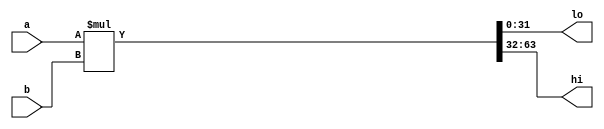
module multiplier (
        input  wire [31:0] a,
        input  wire [31:0] b,
        output wire [31:0] lo,
        output wire [31:0] hi
    );
    
   
    assign {hi, lo} = a * b; 
        
endmodule